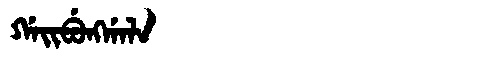
Manchu: ᡤᠠᡳᠪᡠᠩᡤᠠᠯᠠ
Romanization: GAIBUNGGALA